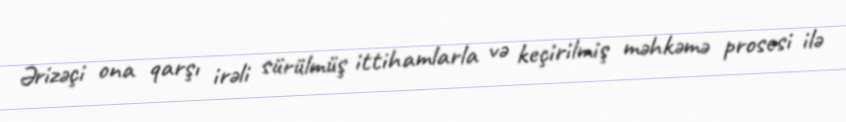
Ərizəçi ona qarşı irəli sürülmüş ittihamlarla və keçirilmiş məhkəmə prosesi ilə